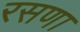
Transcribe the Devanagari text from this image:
रसणा